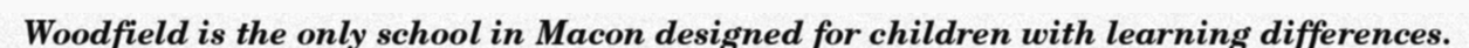
Woodfield is the only school in Macon designed for children with learning differences.